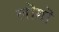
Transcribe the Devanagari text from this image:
लॊगॊ